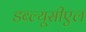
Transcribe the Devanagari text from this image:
डब्ल्यूसीएल